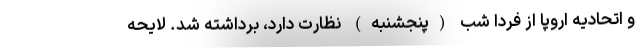
و اتحادیه اروپا از فردا شب (پنجشنبه) نظارت دارد، برداشته شد. لایحه